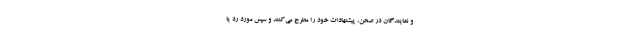
و نمایندگان در صحن‌، پیشنهادات خود را مطرح می‌کنند و سپس مورد رد یا